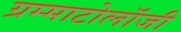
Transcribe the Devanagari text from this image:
ग्रम्माटोलॉजी